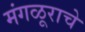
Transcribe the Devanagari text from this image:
मंगळूराचे